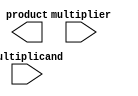
module WallaceTreeMultiplier #(parameter N = 4, M = 4) (
    input  [N-1:0] multiplicand,
    input  [M-1:0] multiplier,
    output [N+M-1:0] product
);
    // Generate partial products
    wire [N*M-1:0] partial_products;
    genvar i, j;
    generate
        for (i = 0; i < N; i = i + 1) begin : pp_gen
            for (j = 0; j < M; j = j + 1) begin : pp_gen_inner
                assign partial_products[i*M + j] = multiplicand[i] & multiplier[j];
            end
        end
    endgenerate

    // Wallace tree reduction
    wire [N*M-1:0] sum;
    wire [N*M-1:0] carry;
    wire [N*M/3-1:0] final_sum;
    wire [N*M/3-1:0] final_carry;

    // Stage 1: Combine bits in groups of 3
    generate
        for (i = 0; i < N*M/3; i = i + 1) begin : stage1
            if (i*3 + 2 < N*M) begin
                // Full adder for three inputs
                assign {carry[i], sum[i]} = partial_products[i*3] + partial_products[i*3 + 1] + partial_products[i*3 + 2];
            end else if (i*3 + 1 < N*M) begin
                // Half adder for two inputs
                assign {carry[i], sum[i]} = partial_products[i*3] + partial_products[i*3 + 1];
            end else begin
                // Last bit
                assign sum[i] = partial_products[i*3];
                assign carry[i] = 0;
            end
        end
    endgenerate

    // Stage 2: Further reduction
    generate
        for (i = 0; i < (N*M/3 + 1)/3; i = i + 1) begin : stage2
            if (i*3 + 2 < (N*M + 2)/3) begin
                // Full adder for three inputs
                assign {final_carry[i], final_sum[i]} = sum[i*3] + sum[i*3 + 1] + sum[i*3 + 2] + carry[i*3] + carry[i*3 + 1] + carry[i*3 + 2];
            end else if (i*3 + 1 < (N*M + 2)/3) begin
                // Half adder for two inputs
                assign {final_carry[i], final_sum[i]} = sum[i*3] + sum[i*3 + 1] + carry[i*3] + carry[i*3 + 1];
            end else begin
                // Last bit
                assign final_sum[i] = sum[i*3];
                assign final_carry[i] = 0;
            end
        end
    endgenerate

    // Final addition
    wire [N+M-1:0] final_product;
    assign final_product = {final_carry[(N*M/3 + 1)/3 - 1], final_sum[(N*M/3 + 1)/3 - 1]} + 
                           {final_carry[(N*M/3 + 1)/3 - 2], final_sum[(N*M/3 + 1)/3 - 2]} + 
                           {final_carry[(N*M/3 + 1)/3 - 3], final_sum[(N*M/3 + 1)/3 - 3]};

    assign product = final_product;

endmodule